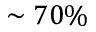
\sim 7 0 \%